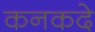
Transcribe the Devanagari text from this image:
कनकदे